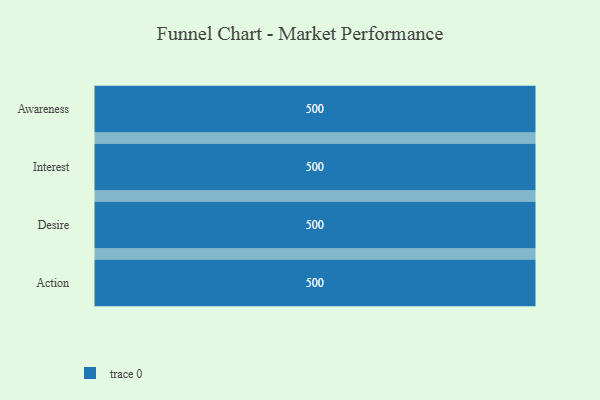
{"axis": {"x": "Stage", "y": "Value"}, "legend": [""], "data": [{"x": "Awareness", "y": 500, "type": ""}, {"x": "Interest", "y": 500, "type": ""}, {"x": "Desire", "y": 500, "type": ""}, {"x": "Action", "y": 500, "type": ""}]}